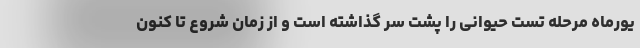
یورماه مرحله تست حیوانی را پشت سر گذاشته است و از زمان شروع تا کنون